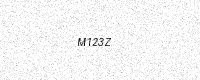
Text: M123Z